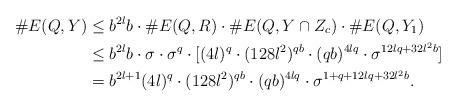
LaTeX: \begin{align*}\#E(Q,Y)&\le b^{2l}b\cdot \#E(Q,R)\cdot \#E(Q,Y\cap Z_c)\cdot \#E(Q,Y_1)\\&\le b^{2l}b\cdot\sigma\cdot \sigma^{q} \cdot[(4l)^q\cdot (128l^2)^{qb}\cdot (qb)^{4lq}\cdot\sigma^{12lq+32l^2b}]\\&=b^{2l+1}(4l)^q\cdot(128l^2)^{qb}\cdot(qb)^{4lq}\cdot\sigma^{1+q+12lq+32l^2b}.\end{align*}